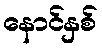
နောင်နှစ်